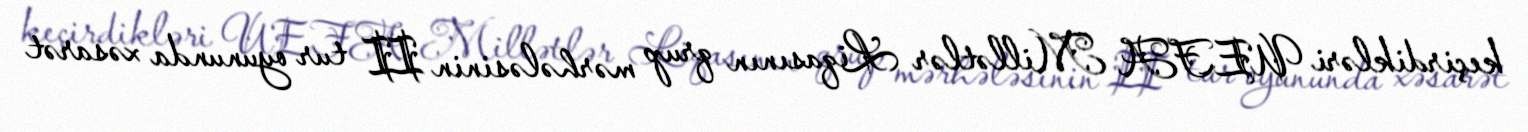
keçirdikləri UEFA Millətlər Liqasının qrup mərhələsinin II tur oyununda xəsarət